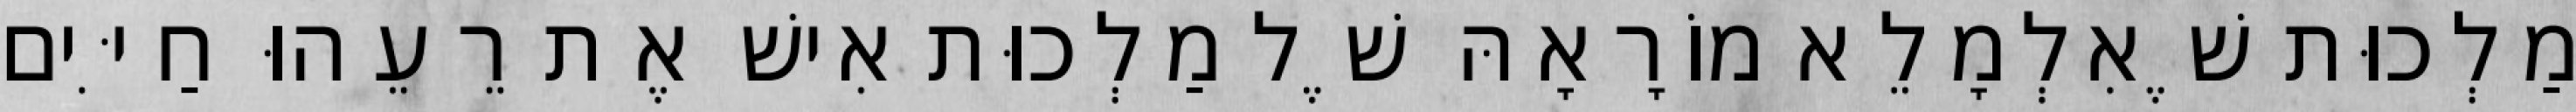
מַלְכוּת שֶׁאִלְמָלֵא מוֹרָאָהּ שֶׁל מַלְכוּת אִישׁ אֶת רֵעֵהוּ חַיִּים